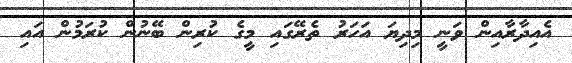
އެއިދާރާއިން ވަނީ މިދިޔަ އަހަރު ތެރޭގައި މީގެ ކުރިން ބޭނުން ކުރަމުން އައި